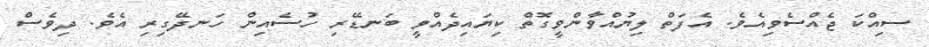
ސިއްކަ ޖެއްސެވިއެވެ. އެފަތް ލިޔުއްވާންވީގޮތް ކިޔައިދެއްވީ ބަނޑޭރި ހުސެއިން ހަނދޭގިރި އެވެެ. ދިވެސް